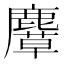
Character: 𪋛